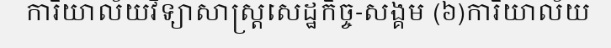
ការិយាល័យវិទ្យាសាស្ត្រសេដ្ឋកិច្ច-សង្គម (៦)ការិយាល័យ